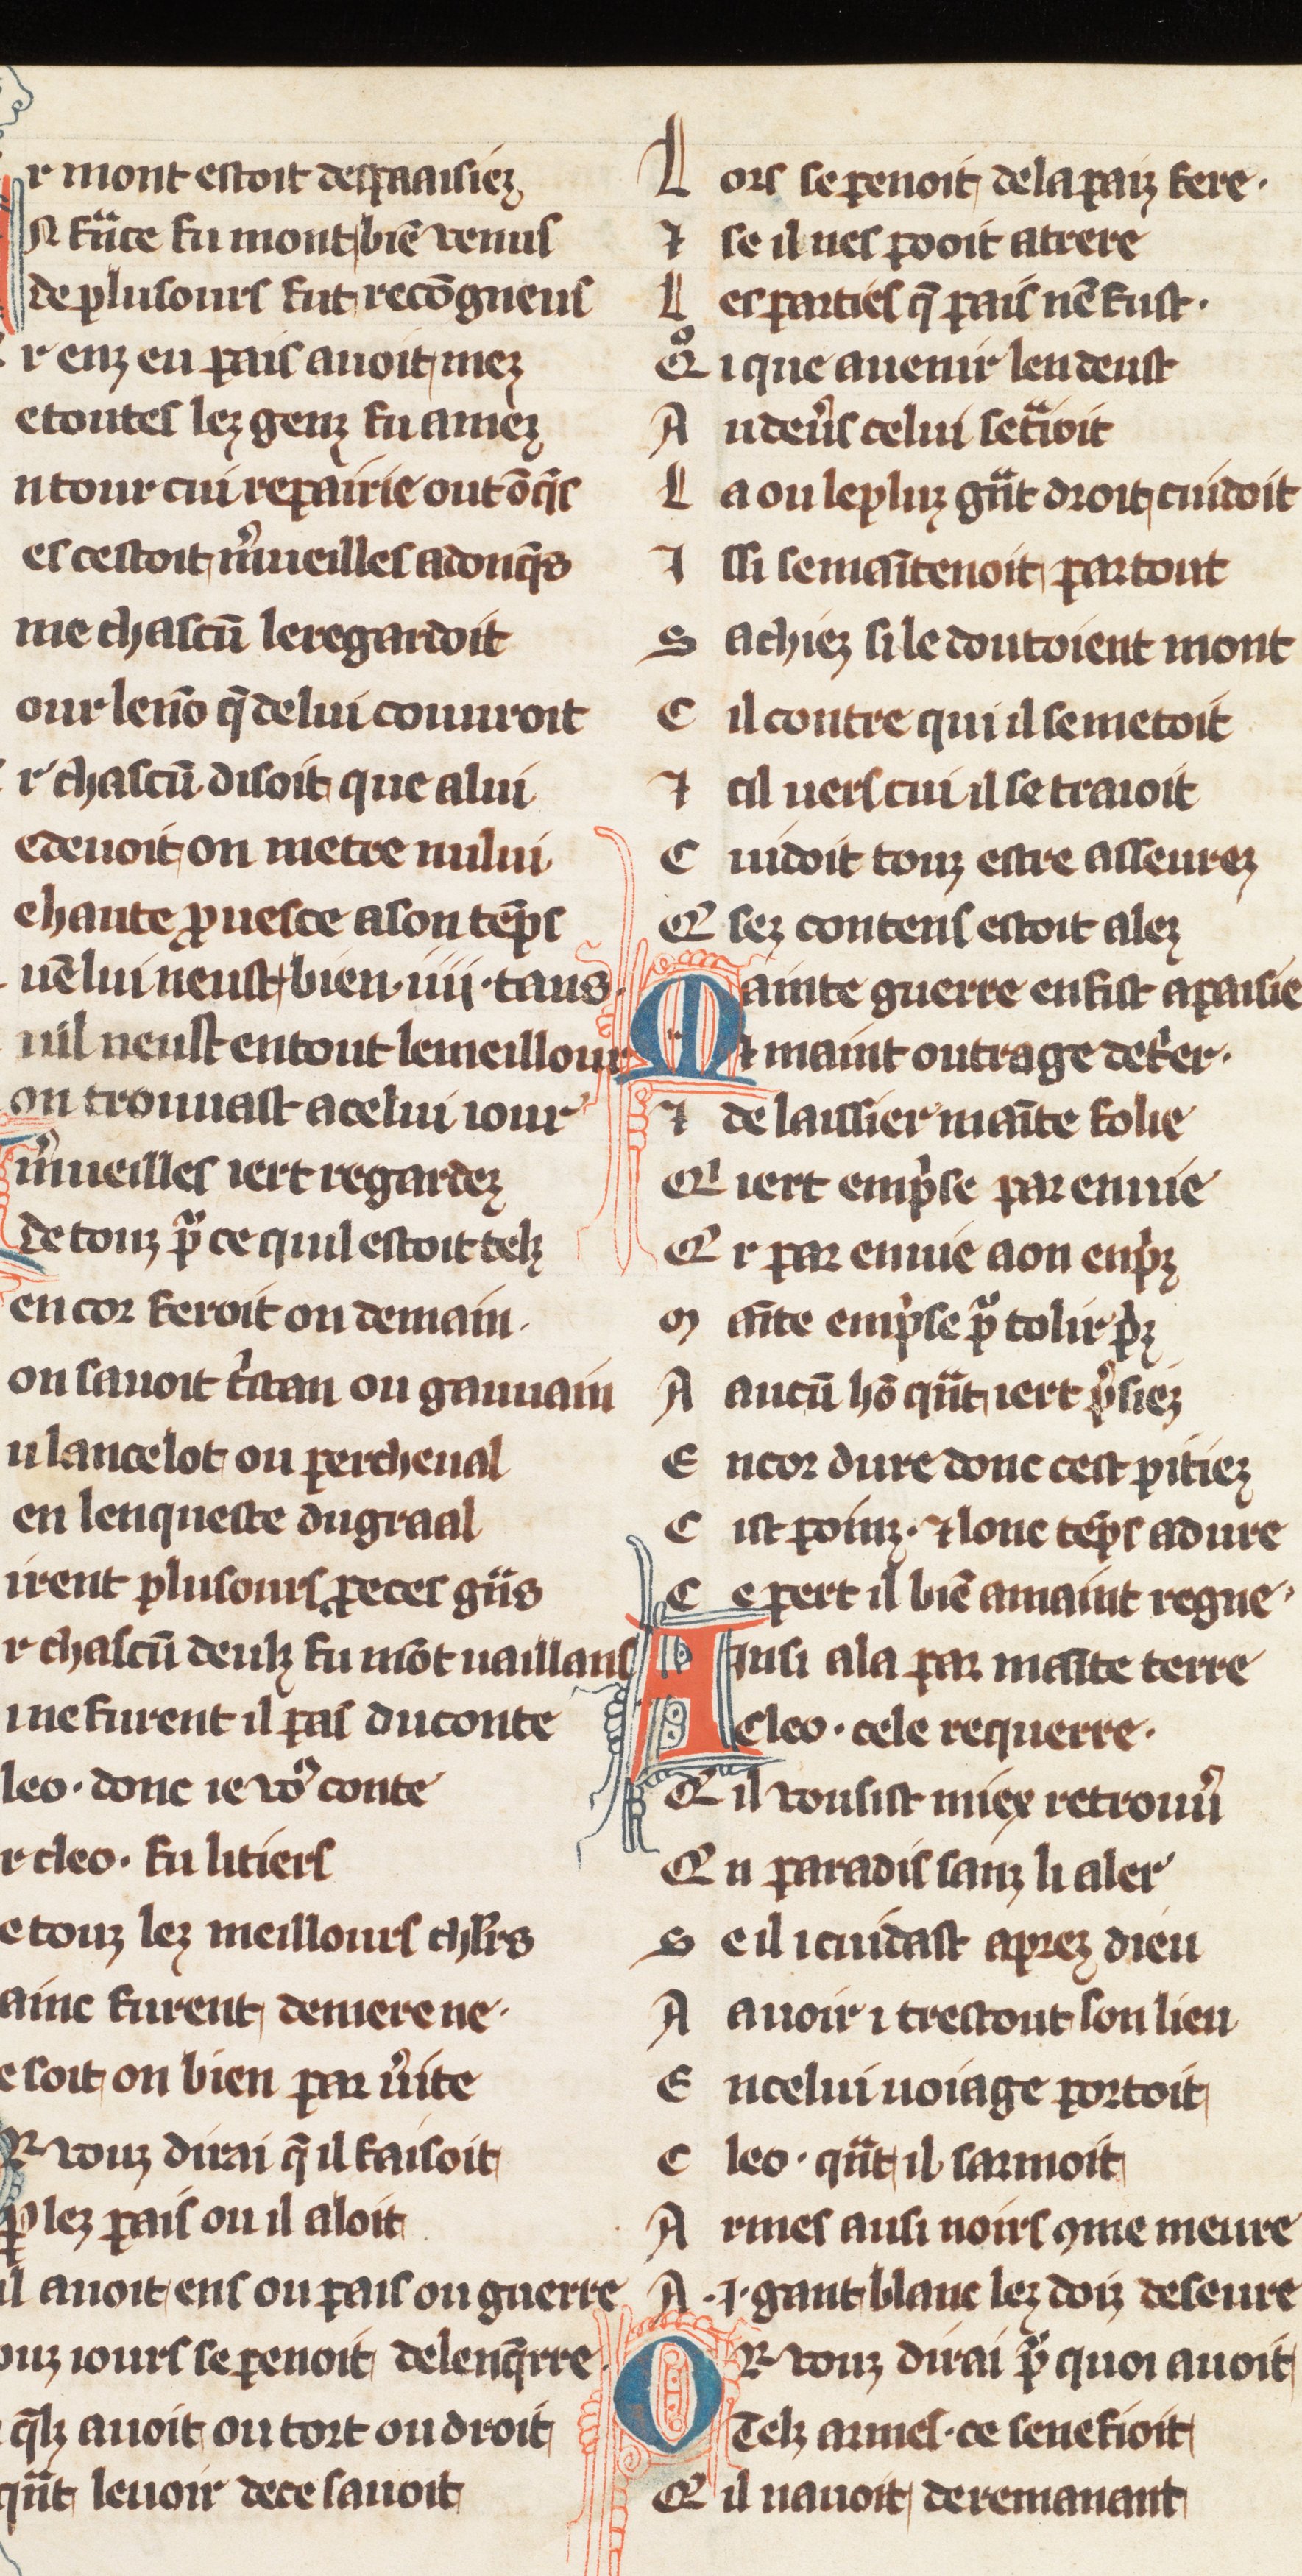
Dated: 1270–1299